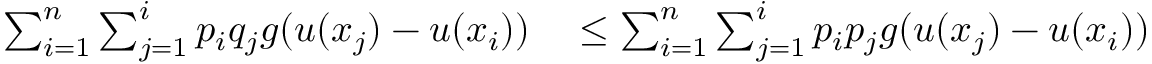
\begin{array} { r l } { \sum _ { i = 1 } ^ { n } \sum _ { j = 1 } ^ { i } p _ { i } q _ { j } g ( u ( x _ { j } ) - u ( x _ { i } ) ) } & { { } \leq \sum _ { i = 1 } ^ { n } \sum _ { j = 1 } ^ { i } p _ { i } p _ { j } g ( u ( x _ { j } ) - u ( x _ { i } ) ) } \end{array}